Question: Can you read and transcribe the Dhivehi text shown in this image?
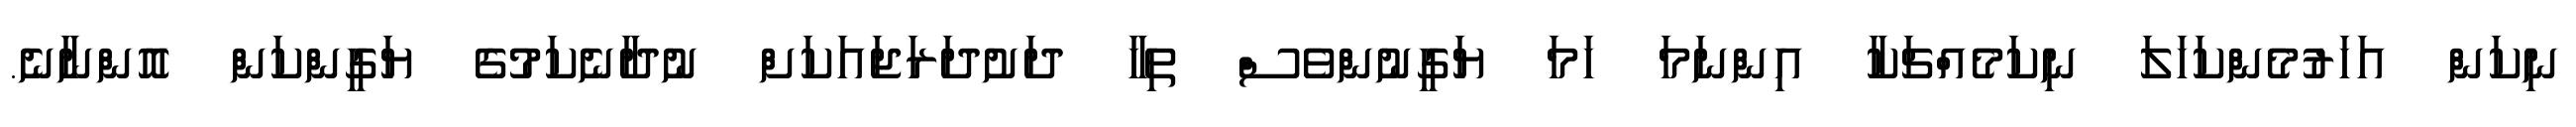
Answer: ނިކަން އަހަރުމެންކަހަލަ ނިކަމެއްޗަކާ އިންނަމަ ހަމަ ޔަގީނުންވެސް ތިހާ ދަށުދަރަޖައަކަށް ނުދާނެކަމުގެ ޔަގީންކަން އޮންނާނެ.